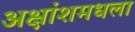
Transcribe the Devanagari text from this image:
अक्षांशमधला